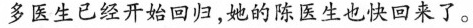
多医生已经开始回归，她的陈医生也快回来了。